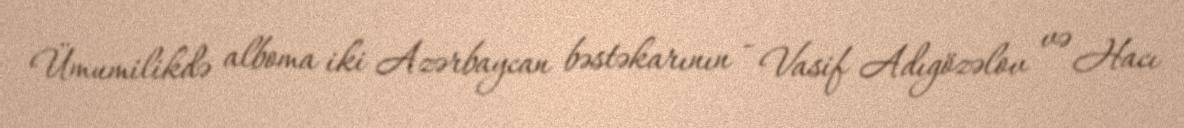
Ümumilikdə alboma iki Azərbaycan bəstəkarının - Vasif Adıgözəlov və Hacı